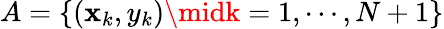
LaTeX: A=\{ (\mathbf{x}_{k},y_{k})\midk=1,\cdots,N+1\}